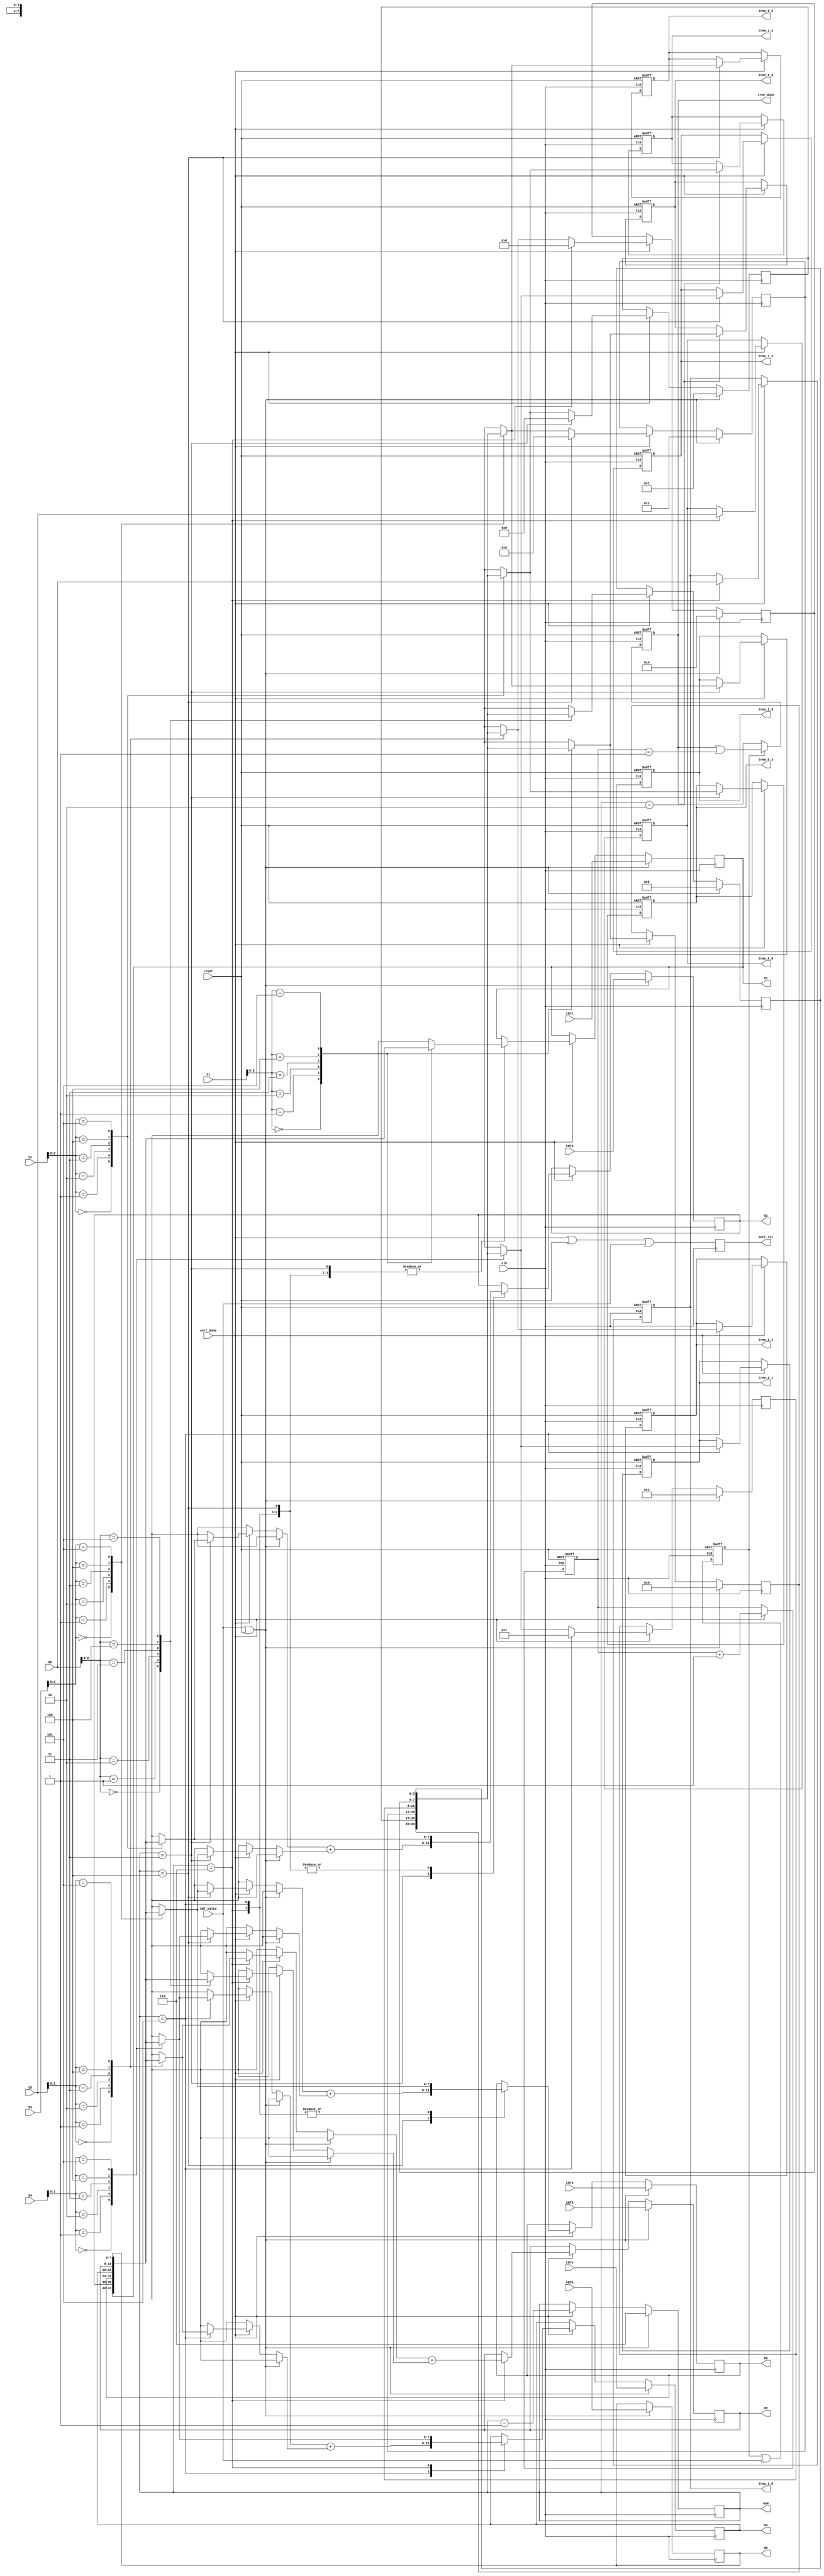
module TreeMaker(clk,
                 reset,
                 sort_done,
                 sort_rst,
                 num,
                 CNT1,
                 CNT2,
                 CNT3,
                 CNT4,
                 CNT5,
                 CNT6,
                 CNT_valid,
                 tree_0_0,
                 tree_0_1,
                 tree_0_2,
                 tree_0_3,
                 tree_0_4,
                 tree_1_0,
                 tree_1_1,
                 tree_1_2,
                 tree_1_3,
                 tree_1_4,
                 O1,
                 O2,
                 O3,
                 O4,
                 O5,
                 O6,
                 S1,
                 S2,
                 S3,
                 S4,
                 S5,
                 S6,
                 tree_done);

input        clk;   
input        reset;
input        sort_done;
output [2:0] num;
input  [7:0] CNT1;
input  [7:0] CNT2;
input  [7:0] CNT3;
input  [7:0] CNT4;
input  [7:0] CNT5;
input  [7:0] CNT6;
input        CNT_valid;
output       sort_rst;
output [3:0] tree_0_0; 
output [3:0] tree_0_1; 
output [3:0] tree_0_2; 
output [3:0] tree_0_3; 
output [3:0] tree_0_4; 
output [3:0] tree_1_0; 
output [3:0] tree_1_1; 
output [3:0] tree_1_2; 
output [3:0] tree_1_3; 
output [3:0] tree_1_4; 
output       tree_done;
output [7:0] O1;
output [7:0] O2;
output [7:0] O3;
output [7:0] O4;
output [7:0] O5;
output [7:0] O6;
input  [3:0] S1;
input  [3:0] S2;
input  [3:0] S3;
input  [3:0] S4;
input  [3:0] S5;
input  [3:0] S6;

reg          sort_rst;
reg          sort_done_1;
reg          sorting;
reg    [7:0] obj         [0:5];
reg    [2:0] num;
reg    [3:0] order       [0:5];
reg    [2:0] sort_num;
reg          tree_done;
reg    [3:0] tree_0_0; 
reg    [3:0] tree_0_1; 
reg    [3:0] tree_0_2; 
reg    [3:0] tree_0_3; 
reg    [3:0] tree_0_4; 
reg    [3:0] tree_1_0; 
reg    [3:0] tree_1_1; 
reg    [3:0] tree_1_2; 
reg    [3:0] tree_1_3; 
reg    [3:0] tree_1_4; 

integer i;

assign O1 = obj[0];
assign O2 = obj[1];
assign O3 = obj[2];
assign O4 = obj[3];
assign O5 = obj[4];
assign O6 = obj[5];


always @(posedge clk) sort_rst <= sort_done | reset | CNT_valid;
always @(posedge clk) sort_done_1 <= sort_done;

always @(posedge clk or posedge reset) begin
  if (reset) sorting <= 'b0;
  else       sorting <= sorting | CNT_valid;
end

always @(posedge clk) begin
  if (CNT_valid | reset) num <= 'd6;
  else if (sort_done)    num <= num - 'b1;
end

always @(posedge clk or posedge reset) begin
  if (reset)          sort_num <= 'b0;
  else if (sort_done) sort_num <= sort_num + 'b1;
end

always @(posedge clk or posedge reset) begin
  if (reset) begin
    tree_0_0 <= 'b0;
    tree_0_1 <= 'b0;
    tree_0_2 <= 'b0;
    tree_0_3 <= 'b0;
    tree_0_4 <= 'b0;
    tree_1_0 <= 'b0;
    tree_1_1 <= 'b0;
    tree_1_2 <= 'b0;
    tree_1_3 <= 'b0;
    tree_1_4 <= 'b0;
  end
  else if (sort_done) begin
    case (num)
      2: begin
        tree_0_4 <= order[S1];
        tree_1_4 <= order[S2];
      end
      3: begin
        tree_0_3 <= order[S2];
        tree_1_3 <= order[S3];
      end
      4: begin
        tree_0_2 <= order[S3];
        tree_1_2 <= order[S4];
      end
      5: begin
        tree_0_1 <= order[S4];
        tree_1_1 <= order[S5];
      end
      6: begin
        tree_0_0 <= S5;
        tree_1_0 <= S6;
      end
    endcase
  end
end

always @(posedge clk) begin
  if (reset | CNT_valid) begin
    order[0] <= 'd0;
    order[1] <= 'd1;
    order[2] <= 'd2;
    order[3] <= 'd3;
    order[4] <= 'd4;
    order[5] <= 'd5;
  end
  else if (sort_done) begin
    order[0] <= order[S1];
    order[1] <= (num == 3) ? 9 : order[S2];
    order[2] <= (num == 4) ? 8 : order[S3];
    order[3] <= (num == 5) ? 7 : order[S4];
    order[4] <= (num == 6) ? 6 : order[S5];
    order[5] <= order[S6];
  end
end

always @(posedge clk) begin
  if (reset | CNT_valid) begin
    obj[0] <= CNT1;
    obj[1] <= CNT2;
    obj[2] <= CNT3;
    obj[3] <= CNT4;
    obj[4] <= CNT5;
    obj[5] <= CNT6;
  end
  else begin
    if (sort_done) begin
      case (num)
        3: begin
          obj[0] <= obj[S1];
          obj[1] <= obj[S2] + obj[S3];
        end
        4: begin
          obj[0] <= obj[S1];
          obj[1] <= obj[S2];
          obj[2] <= obj[S3] + obj[S4];
        end
        5: begin
          obj[0] <= obj[S1];
          obj[1] <= obj[S2];
          obj[2] <= obj[S3];
          obj[3] <= obj[S4] + obj[S5];
        end
        6: begin
          obj[0] <= obj[S1];
          obj[1] <= obj[S2];
          obj[2] <= obj[S3];
          obj[3] <= obj[S4];
          obj[4] <= obj[S5] + obj[S6];
        end
      endcase
    end
  end
end

always @(posedge clk or posedge reset) begin
  if (reset)        tree_done <= 'b0;
  else if (sorting) tree_done <= tree_done | (sort_num == 1);
end

endmodule